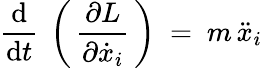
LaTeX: {\frac{\mathrm{d}}{\mathrm{d}t}}\ \left(\, {\frac{\partial L}{\partial{\dot{x}}_{i}}}\, \right)\ =\ m\, {\ddot{x}}_{i}